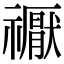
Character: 𥜒